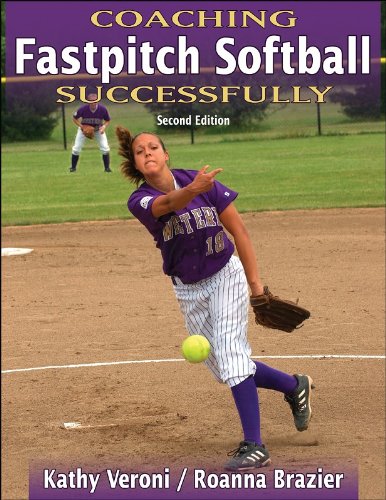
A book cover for Coaching Fastpitch Softball Successfully - 2nd Edition (Coaching Successfully Series); Kathy Veroni; Sports & Outdoors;